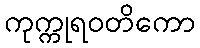
ကုက္ကုရဝတိကော